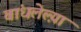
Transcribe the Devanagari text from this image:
बांधलेल्य़ा